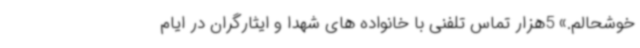
خوشحالم.» 5هزار تماس تلفنی با خانواده های شهدا و ایثارگران در ایام